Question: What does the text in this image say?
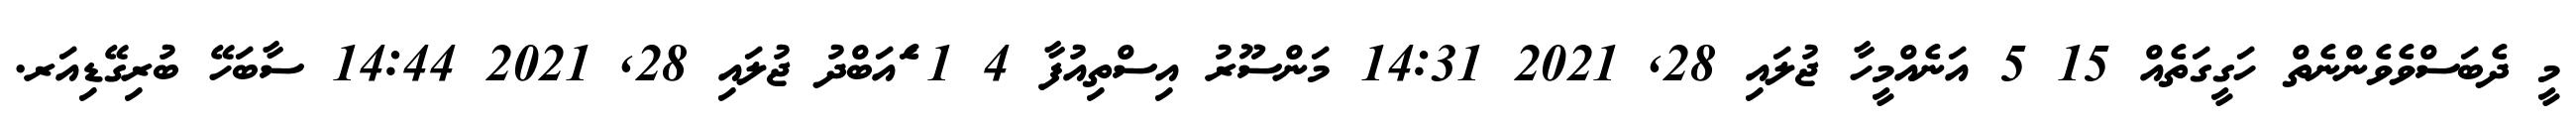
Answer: މީ ދެބަސްވެވެންނެތް ހަގީގަތެއް 15 5 އަނެއްމީހާ ޖުލައި 28, 2021 14:31 މަންސޫރު އިސްތިއުފާ 4 1 ެައަބްދު ޖުލައި 28, 2021 14:44 ސާބަހޭ ބުރިގޭޑިއަރ.